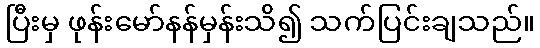
ပြီးမှ ဖုန်းမော်နန်မှန်းသိ၍ သက်ပြင်းချသည်။